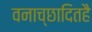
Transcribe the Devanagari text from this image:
वनाच्‍छादितहै